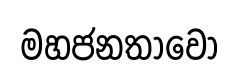
මහජනතාවෝ